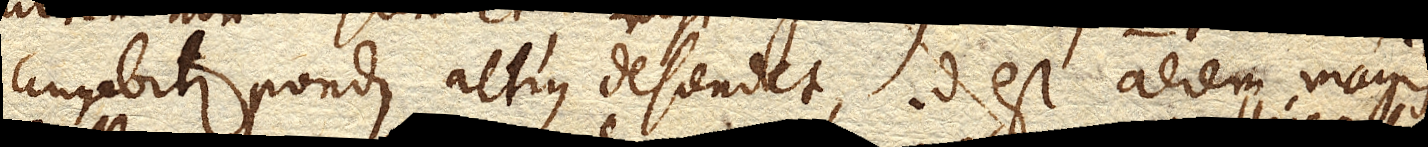
augebitur pondus altius descendet, id est aerem magis